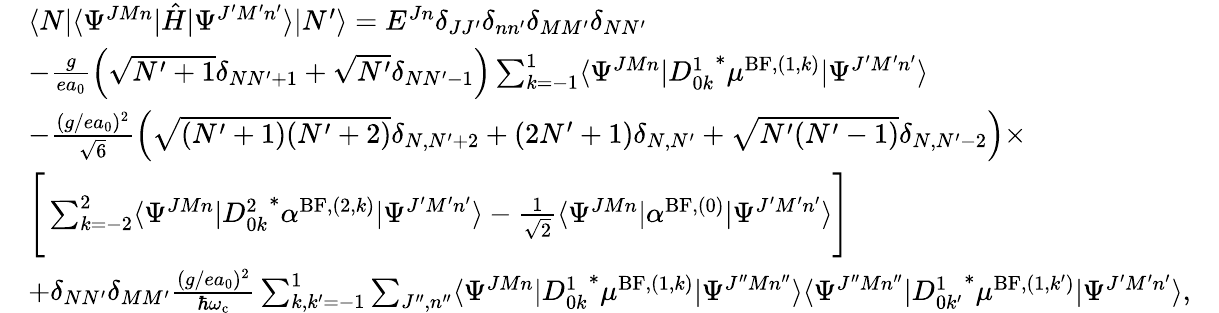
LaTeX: \begin{array}{rlr}&{\langle N\vert\langle\Psi^{JMn}\vert\hat{H}\vert\Psi^{J^{\prime}M^{\prime}n^{\prime}}\rangle\vert N^{\prime}\rangle=E^{Jn}\delta_{JJ^{\prime}}\delta_{nn^{\prime}}\delta_{MM^{\prime}}\delta_{NN^{\prime}}}&\\ &{-\frac{g}{ea_{0}}\Big(\sqrt{N^{\prime}+1}\delta_{NN^{\prime}+1}+\sqrt{N^{\prime}}\delta_{NN^{\prime}-1}\Big)\sum_{k=-1}^{1}\langle\Psi^{JMn}\vert{D_{0k}^{1}}^{*}\mu^{\mathrm{BF},(1,k)}\vert\Psi^{J^{\prime}M^{\prime}n^{\prime}}\rangle}\\ &{-\frac{(g/ea_{0})^{2}}{\sqrt{6}}\Big(\sqrt{(N^{\prime}+1)(N^{\prime}+2)}\delta_{N,N^{\prime}+2}+(2N^{\prime}+1)\delta_{N,N^{\prime}}+\sqrt{N^{\prime}(N^{\prime}-1)}\delta_{N,N^{\prime}-2}\Big)\times}\\ &{\Bigg[\sum_{k=-2}^{2}\langle\Psi^{JMn}\vert{D_{0k}^{2}}^{*}\alpha^{\mathrm{BF},(2,k)}\vert\Psi^{J^{\prime}M^{\prime}n^{\prime}}\rangle-\frac{1}{\sqrt{2}}\langle\Psi^{JMn}\vert\alpha^{\mathrm{BF},(0)}\vert\Psi^{J^{\prime}M^{\prime}n^{\prime}}\rangle\Bigg]}\\ &{+\delta_{NN^{\prime}}\delta_{MM^{\prime}}\frac{(g/ea_{0})^{2}}{\hbar\omega_{\mathrm{c}}}\sum_{k,k^{\prime}=-1}^{1}\sum_{J^{\prime\prime},n^{\prime\prime}}\langle\Psi^{JMn}\vert{D_{0k}^{1}}^{*}\mu^{\mathrm{BF},(1,k)}\vert\Psi^{J^{\prime\prime}Mn^{\prime\prime}}\rangle\langle\Psi^{J^{\prime\prime}Mn^{\prime\prime}}\vert{D_{0k^{\prime}}^{1}}^{*}\mu^{\mathrm{BF},(1,k^{\prime})}\vert\Psi^{J^{\prime}M^{\prime}n^{\prime}}\rangle,}\end{array}